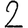
Digit: 2